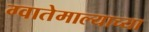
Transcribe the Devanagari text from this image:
ग्वातेमाल्याच्या